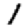
Digit: 1